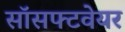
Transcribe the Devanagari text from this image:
सॉसफ्टवेयर